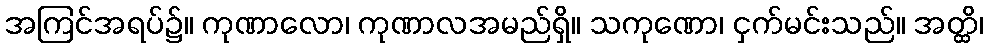
အကြင်အရပ်၌။ ကုဏာလော၊ ကုဏာလအမည်ရှိ။ သကုဏော၊ ငှက်မင်းသည်။ အတ္ထိ၊